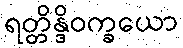
ရတ္တိန္ဒိဝက္ခယော